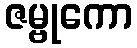
ဇမ္ဗုကော